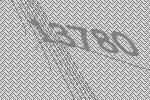
13780